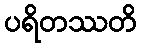
ပရိတဿတိ